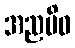
အညမိဝ